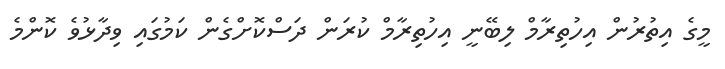
މީގެ އިތުރުން އިހުތިރާމް ލިބޭނީ އިހުތިރާމް ކުރަން ދަސްކޮށްގެން ކަމުގައި ވިދާޅުވެ ކޮންމެ